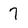
Character: 7